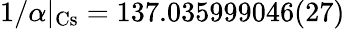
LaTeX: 1/\alpha|_{\mathrm{Cs}}=137.035999046(27)